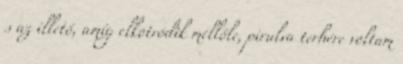
s az illető, amíg elkotródik mellőle, pirulva terhére voltam